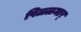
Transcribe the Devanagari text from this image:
पिळ्ळमार्